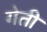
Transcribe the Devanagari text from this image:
गेती